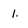
Character: 1